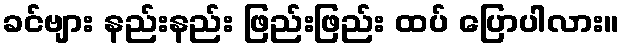
ခင်ဗျား နည်းနည်း ဖြည်းဖြည်း ထပ် ပြောပါလား။